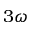
3 \omega